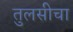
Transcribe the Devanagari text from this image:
तुलसीचा